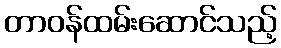
တာဝန်ထမ်းဆောင်သည့်